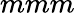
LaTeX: mmm